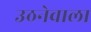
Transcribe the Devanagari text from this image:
उठनेवाला